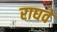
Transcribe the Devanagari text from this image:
राघवे